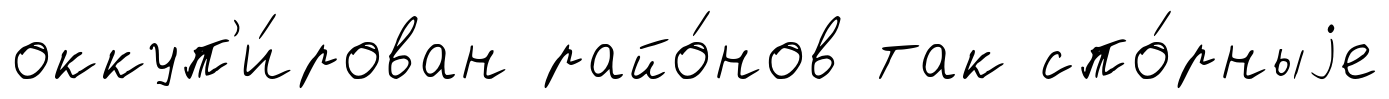
оккуп'и́рован райо́нов так спо́рныjе